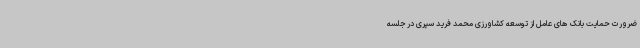
ضرورت حمایت بانک های عامل از توسعه کشاورزی محمد فرید سپری در جلسه